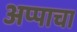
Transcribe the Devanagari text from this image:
अप्पाचा